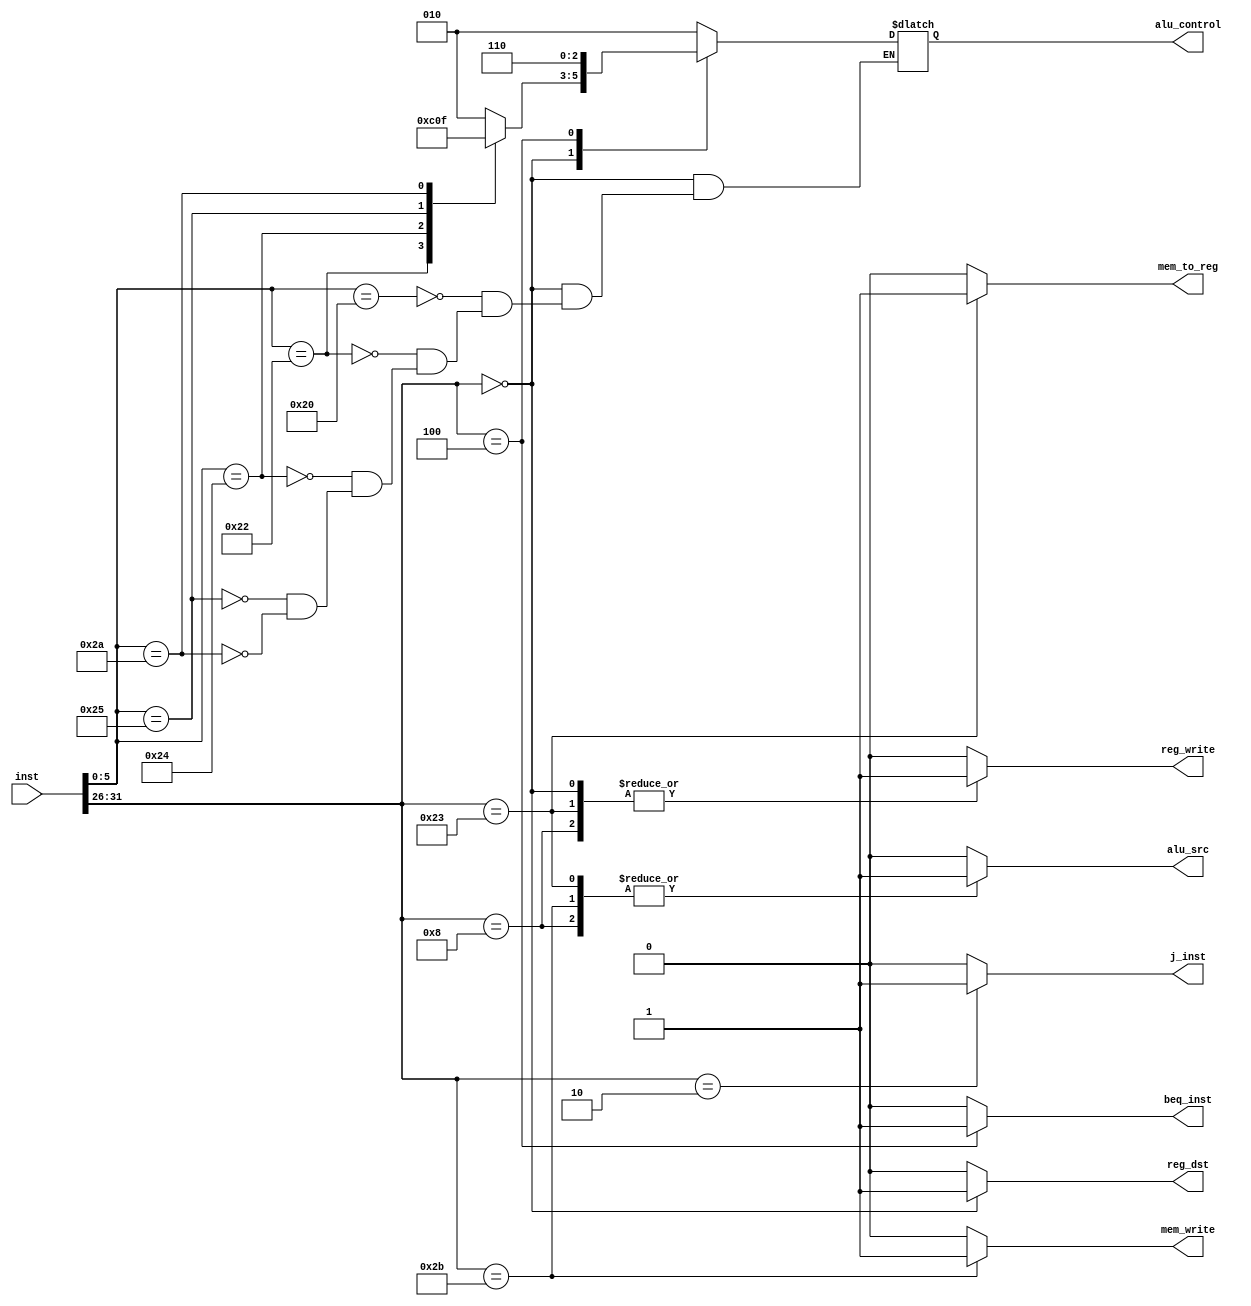
module controller#(parameter INST_WIDTH=32)(input [INST_WIDTH-1:0]inst,
											 output reg  [2:0]alu_control,
											 output reg reg_write,
											 output reg mem_write,
											 output reg reg_dst,
											 output reg alu_src,
											 output reg mem_to_reg,
											 output reg beq_inst,
											 output reg j_inst);
	always @(*)begin
		case(inst[31:26])
		6'b100011: begin//lw
			alu_control = 3'b010;
			reg_write = 1'b1;
			mem_write = 1'b0;
			reg_dst = 1'b0;
			alu_src = 1'b1;
			mem_to_reg  = 1'b1;
			beq_inst = 1'b0;
			j_inst = 1'b0;
		end
		6'b001000: begin//addi
			alu_control = 3'b010;
			reg_write = 1'b1;
			mem_write = 1'b0;
			reg_dst = 1'b0;
			alu_src = 1'b1;
			mem_to_reg  = 1'b0;
			beq_inst = 1'b0;
			j_inst = 1'b0;
		end
		6'b101011:begin//sw
			alu_control = 3'b010;
			reg_write = 1'b0;
			mem_write = 1'b1;
			reg_dst = 1'b0;
			alu_src = 1'b1;
			mem_to_reg  = 1'b0;
			beq_inst = 1'b0;
			j_inst = 1'b0;
		end
		6'b000000:begin //R-type
			case(inst[5:0])
			6'b100000:alu_control = 3'b010;//add
			6'b100010:alu_control = 3'b110;//sub
			6'b100100:alu_control = 3'b000;//and
			6'b100101:alu_control = 3'b001;//or
			6'b101010:alu_control = 3'b111;//slt
			endcase
			reg_write = 1'b1;
			mem_write = 1'b0;
			reg_dst = 1'b1;
			alu_src = 1'b0;
			mem_to_reg  = 1'b0;
			beq_inst = 1'b0;
			j_inst = 1'b0;
		end
		6'b000100:begin //beq
			alu_control = 3'b110;//sub
			reg_write = 1'b0;
			mem_write = 1'b0;
			reg_dst = 1'b0;
			alu_src = 1'b0;
			mem_to_reg  = 1'b0;
			beq_inst = 1'b1;
			j_inst = 1'b0;
		end
		6'b000010:begin //j
			alu_control = 3'b010;//sub
			reg_write = 1'b0;
			mem_write = 1'b0;
			reg_dst = 1'b0;
			alu_src = 1'b0;
			mem_to_reg  = 1'b0;
			beq_inst = 1'b0;
			j_inst = 1'b1;
		end
		default:begin
			alu_control = 3'b010;
			reg_write = 1'b0;
			mem_write = 1'b0;
			reg_dst = 1'b0;
			alu_src = 1'b0;
			mem_to_reg  = 1'b0;
			beq_inst = 1'b0;
			j_inst = 1'b0;
		end
		endcase
	end
endmodule